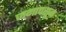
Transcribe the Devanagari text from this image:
जगापसून